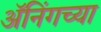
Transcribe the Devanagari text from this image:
ॲनिंगच्या